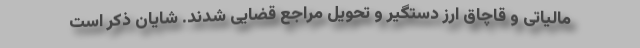
مالیاتی و قاچاق ارز دستگیر و تحویل مراجع قضایی شدند. شایان ذکر است